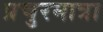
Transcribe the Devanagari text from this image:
प्रचुरमात्रा